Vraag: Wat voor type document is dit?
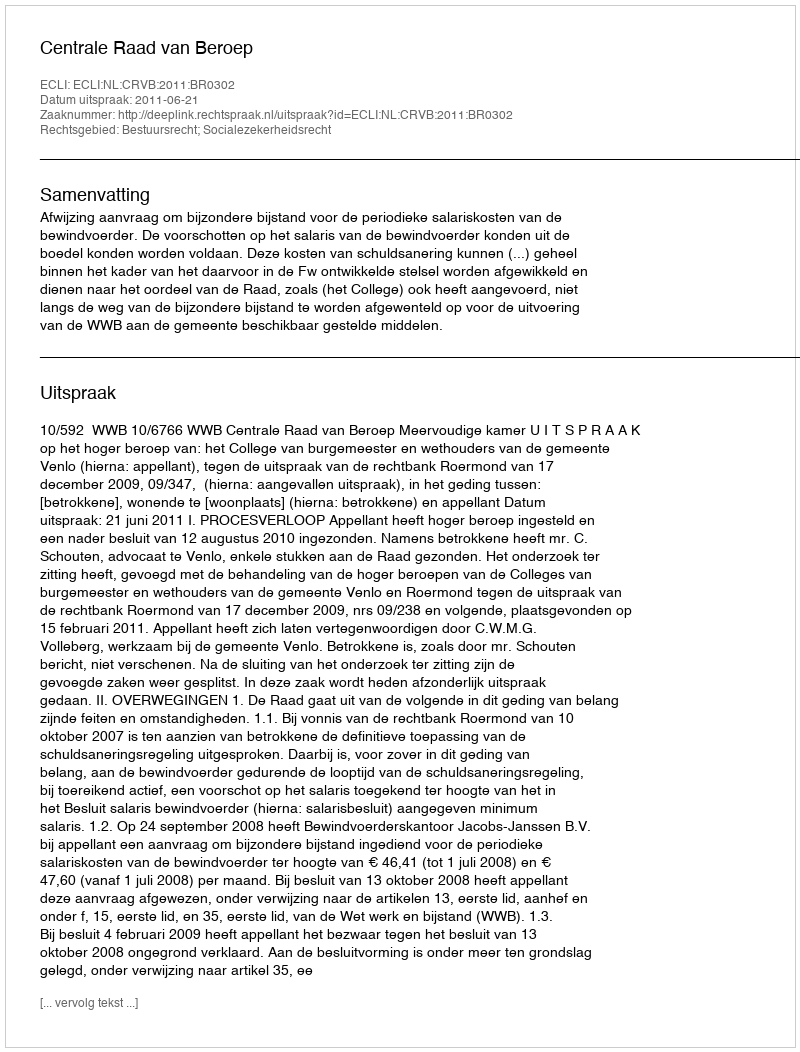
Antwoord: Uitspraak